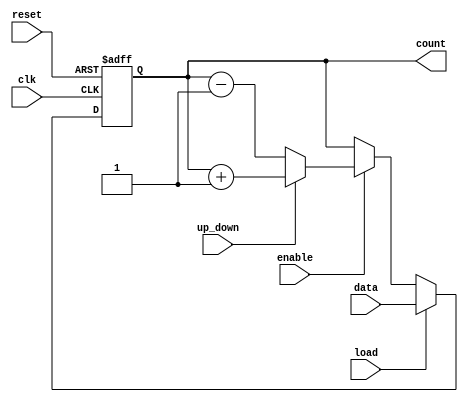
module synchronous_load_counter (
    input wire clk,          // Clock input
    input wire reset,        // Asynchronous reset input
    input wire load,         // Load input
    input wire [7:0] data,   // Data input for loading value
    input wire enable,       // Count enable input
    input wire up_down,      // Direction control: 1 for up, 0 for down
    output reg [7:0] count   // Current count output
);

    // Predefined reset value
    localparam RESET_VALUE = 8'b00000000;

    always @(posedge clk or posedge reset) begin
        if (reset) begin
            // Reset the counter to the predefined value
            count <= RESET_VALUE;
        end else if (load) begin
            // Load the data into the counter
            count <= data;
        end else if (enable) begin
            // Count up or down based on the up_down signal
            if (up_down) begin
                count <= count + 1; // Increment
            end else begin
                count <= count - 1; // Decrement
            end
        end
        // If enable is not asserted, count retains its value
    end

endmodule